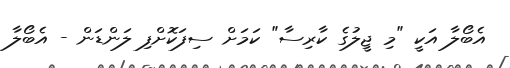
އެބޯލާ އަކީ "މި ޖީލުގެ ކާރިސާ" ކަމަށް ސިފަކޮށްފި ލަންޑަން - އެބޯލާ